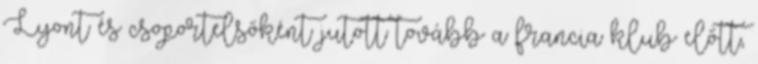
Lyont és csoportelsőként jutott tovább a francia klub előtt,